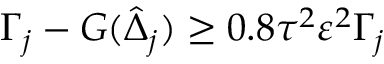
\Gamma _ { j } - { G } ( \hat { \Delta } _ { j } ) \geq 0 . 8 \tau ^ { 2 } \varepsilon ^ { 2 } \Gamma _ { j }